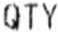
QTY